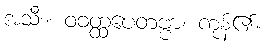
အသီး။ ဝဝတ္ထပေတဗ္ဗာ၊ ကုန်၏။